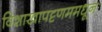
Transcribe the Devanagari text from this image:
विशाखापट्टणममधून